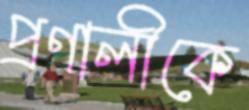
প্রণালীকে